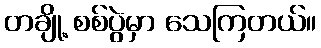
တချို့ စစ်ပွဲမှာ သေကြတယ်။